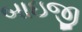
બાઇજી